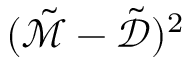
( \tilde { \mathcal { M } } - \tilde { \mathcal { D } } ) ^ { 2 }